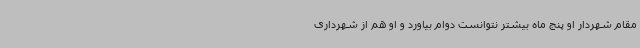
مقام شهردار او پنج ماه بیشتر نتوانست دوام بیاورد و او هم از شهرداری